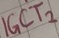
Text: IGCT2